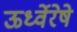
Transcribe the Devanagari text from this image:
ऊर्ध्वेरेषे